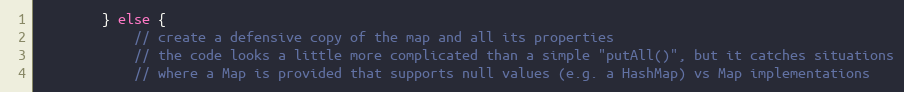
Language: Java
        } else {
            // create a defensive copy of the map and all its properties
            // the code looks a little more complicated than a simple "putAll()", but it catches situations
            // where a Map is provided that supports null values (e.g. a HashMap) vs Map implementations